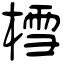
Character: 樰